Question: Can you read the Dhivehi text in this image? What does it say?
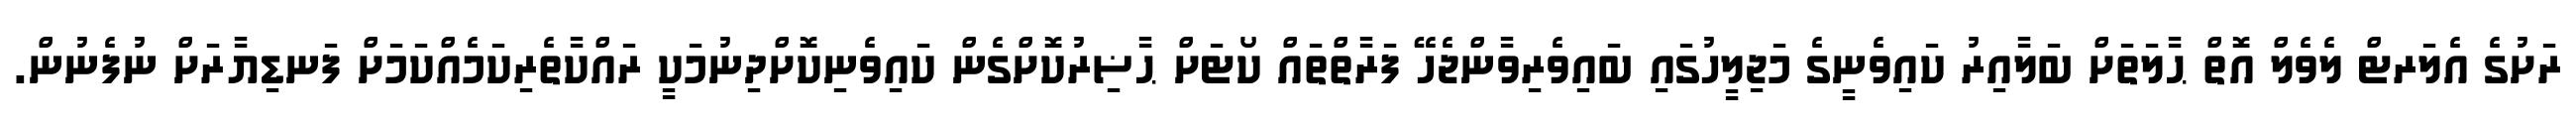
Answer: ރަށުގެ އެލަރޓް ލެވެލް އޮތް ޙާލަތަށް ބަލާއިރު ކައިވެނީގެ މަޖިލީހުގައި ބައިވެރިވާންޖެހޭ ފަރާތްތައް ކޯޓަށް ޙާޟިރުކޮށްގެން ކައިވެނިކޮށްދިނުމަކީ ރައްކާތެރިކަމެއްކަމަށް ފަނޑިޔާރަށް ނުފެނުން.